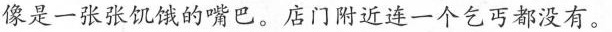
像是一张张饥饿的嘴巴。店门附近连一个乞巧都没有。